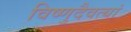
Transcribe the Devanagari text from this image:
विष्णुदैवत्यां